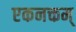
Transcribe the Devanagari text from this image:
एकनक्तम्